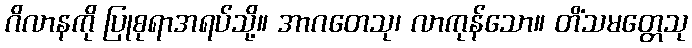
ဂိလာနကို ပြုစုရာအရပ်သို့။ အာဂတေသု၊ လာကုန်သော။ တိံသမတ္တေသု